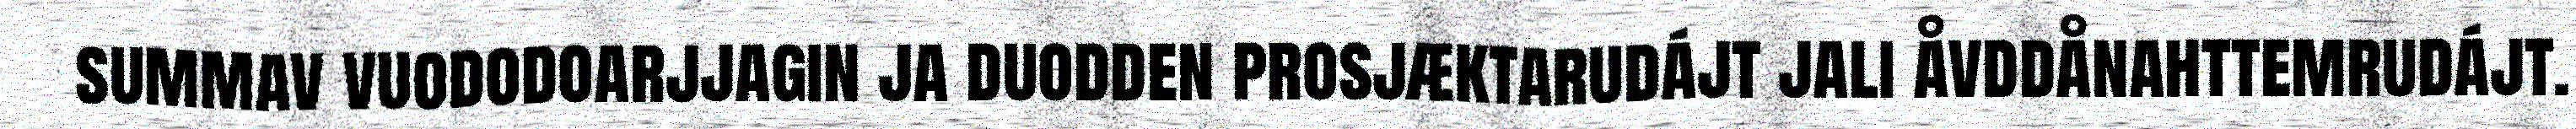
summav vuododoarjjagin ja duodden prosjæktarudájt jali åvddånahttemrudájt.